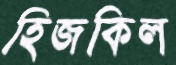
হিজকিল